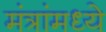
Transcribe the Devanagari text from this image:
मंत्रांमध्ये